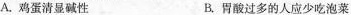
A.鸡蛋清显碱性 B.胃酸过多的人应少吃泡菜